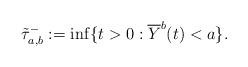
LaTeX: \begin{align*}\tilde{\tau}_{a,b}^- := \inf \{ t > 0: \overline{Y}^b(t) < a\}. \end{align*}